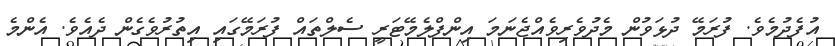
އުފެދުމެވެ. ފުރަމޭ ދުޅަވުން މެދުވެރިވެއްޖެނަމަ އިންފްލެމޭޓަރީ ސެލްތައް ފުރަމޭގައި އިތުރުވެގެން ދެއެވެ. އެންމެ